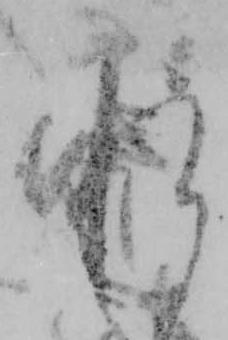
承